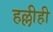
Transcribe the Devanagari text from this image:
हल्लीही